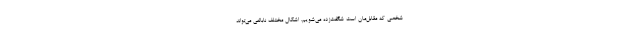
شخصی که مقابل‌مان‌ است شگفت‌زده می‌شویم. اشکال مختلف نابالغی می‌تواند